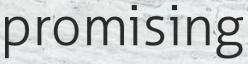
promising